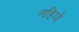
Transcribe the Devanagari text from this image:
नहियो